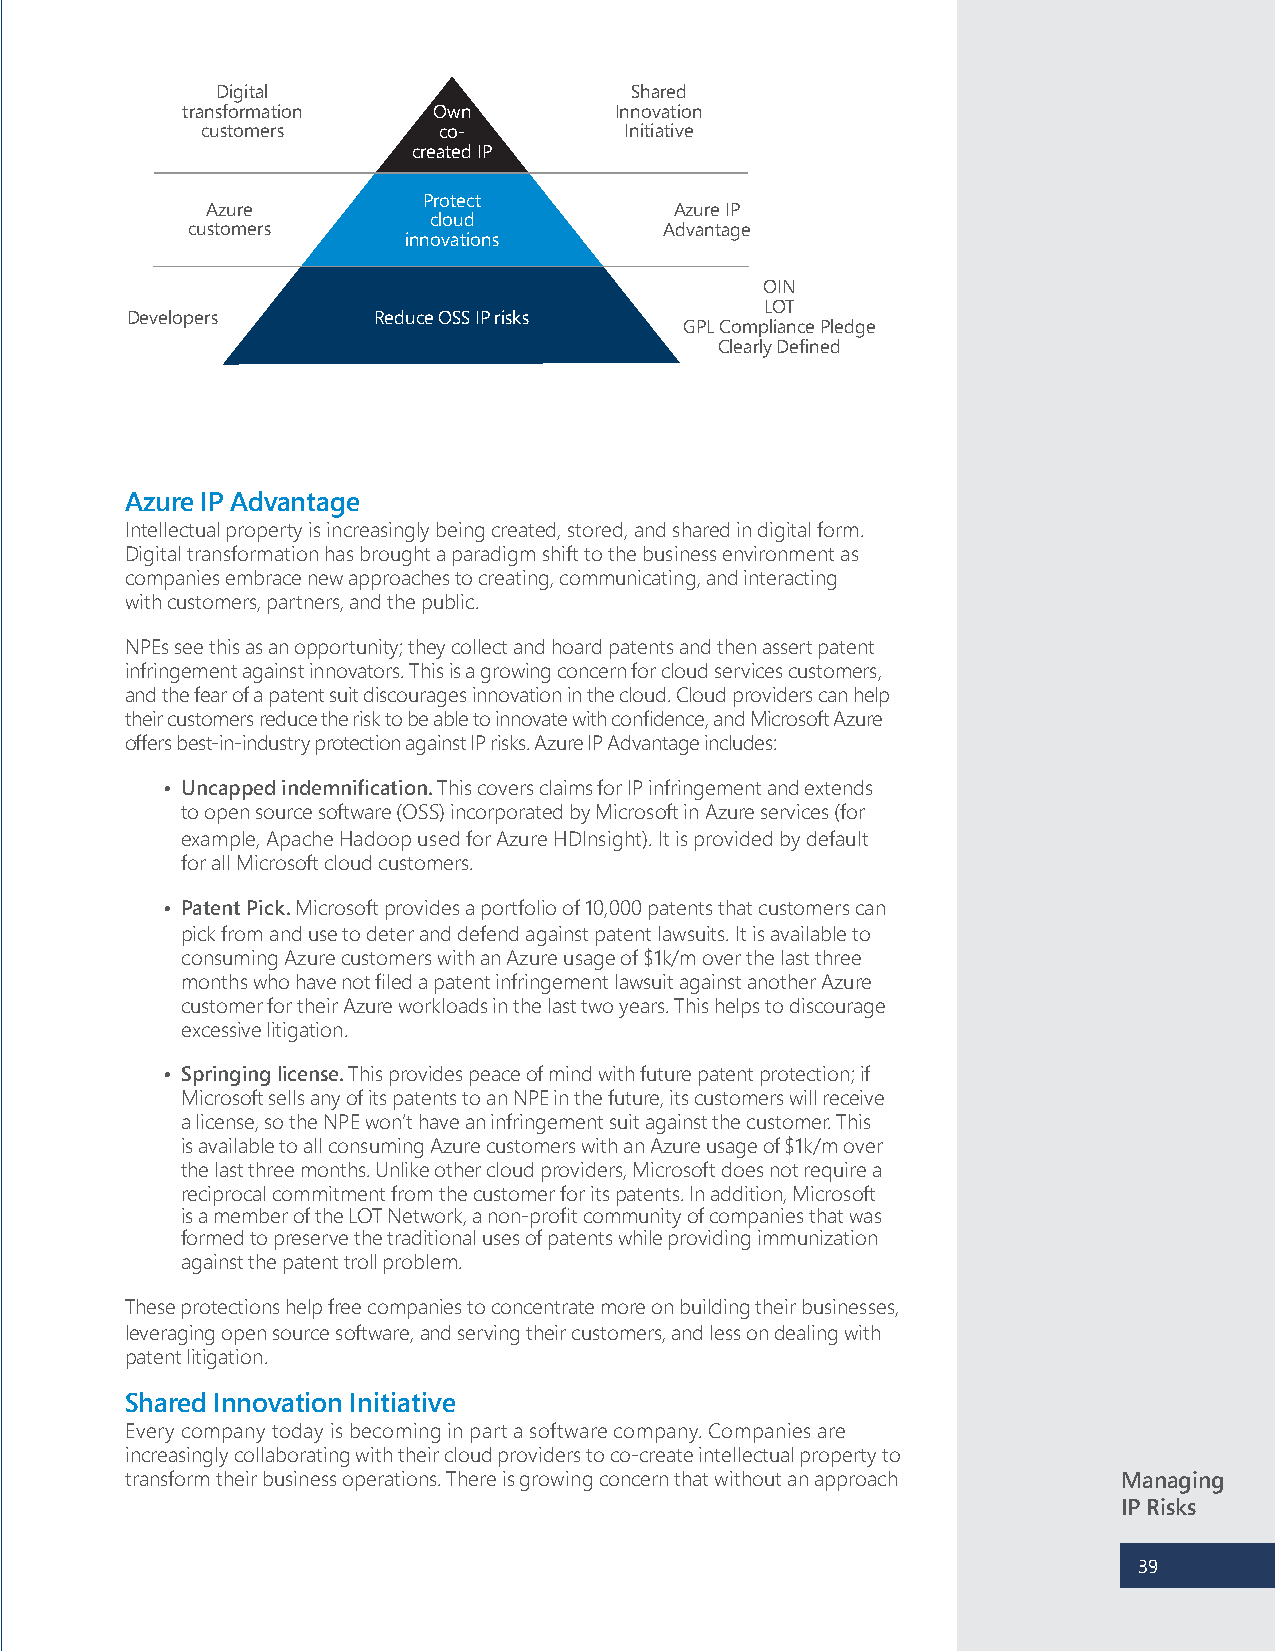
Digital                     Shared
 transformation   Own         Innovation
 customers       co-         Initiative
 created IP
 Protect
 Azure                          Azure IP
 cloud
 customers                       Advantage
 innovations
 OIN
 LOT
 Developers       Reduce OSS IP risks
 GPL Compliance Pledge
 Clearly Defined
 Azure IP Advantage
 Intellectual property is increasingly being created, stored, and shared in digital form.
 Digital transformation has brought a paradigm shift to the business environment as
 companies embrace new approaches to creating, communicating, and interacting
 with customers, partners, and the public.
 NPEs see this as an opportunity; they collect and hoard patents and then assert patent
 infringement against innovators. This is a growing concern for cloud services customers,
 and the fear of a patent suit discourages innovation in the cloud. Cloud providers can help
 their customers reduce the risk to be able to innovate with confidence, and Microsoft Azure
 offers best-in-industry protection against IP risks. Azure IP Advantage includes:
 • Uncapped indemnification. This covers claims for IP infringement and extends
 to open source software (OSS) incorporated by Microsoft in Azure services (for
 example, Apache Hadoop used for Azure HDInsight). It is provided by default
 for all Microsoft cloud customers.
 • Patent Pick. Microsoft provides a portfolio of 10,000 patents that customers can
 pick from and use to deter and defend against patent lawsuits. It is available to
 consuming Azure customers with an Azure usage of $1k/m over the last three
 months who have not filed a patent infringement lawsuit against another Azure
 customer for their Azure workloads in the last two years. This helps to discourage
 excessive litigation.
 • Springing license. This provides peace of mind with future patent protection; if
 Microsoft sells any of its patents to an NPE in the future, its customers will receive
 a license, so the NPE won’t have an infringement suit against the customer. This
 is available to all consuming Azure customers with an Azure usage of $1k/m over
 the last three months. Unlike other cloud providers, Microsoft does not require a
 reciprocal commitment from the customer for its patents. In addition, Microsoft
 is a member of the LOT Network, a non-profit community of companies that was
 formed to preserve the traditional uses of patents while providing immunization
 against the patent troll problem.
 These protections help free companies to concentrate more on building their businesses,
 leveraging open source software, and serving their customers, and less on dealing with
 patent litigation.
 Shared Innovation Initiative
 Every company today is becoming in part a software company. Companies are
 increasingly collaborating with their cloud providers to co-create intellectual property to
 transform their business operations. There is growing concern that without an approach Managing
 IP Risks
 39